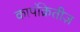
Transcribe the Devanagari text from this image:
कार्पोक्रेतीज़